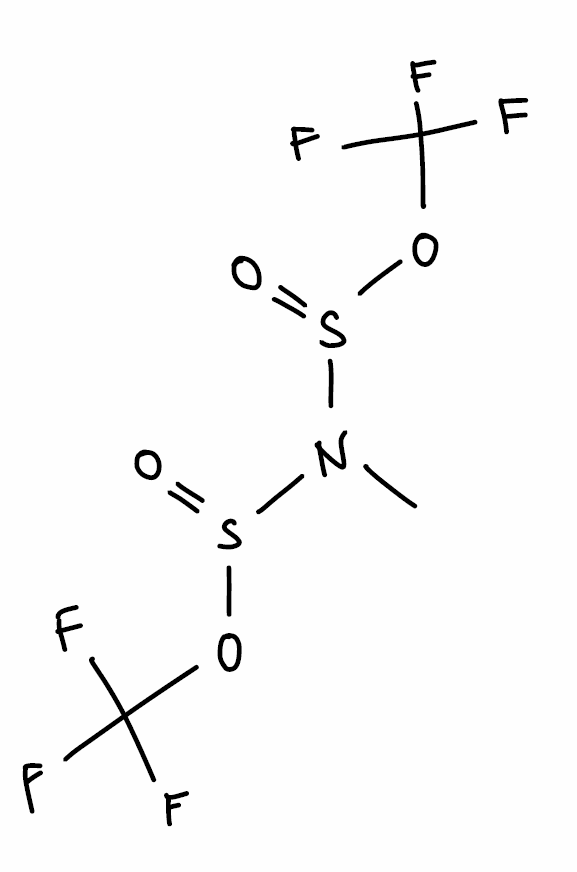
Simplified molecular-input line-entry system (SMILES) notation of the given molecule:
CN(S(=O)OC(F)(F)F)S(=O)OC(F)(F)F